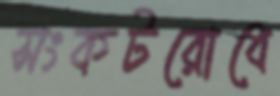
সংকটরোধে